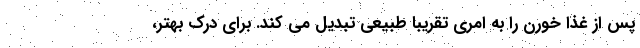
پس از غذا خورن را به امری تقریبا طبیعی تبدیل می کند. برای درک بهتر،